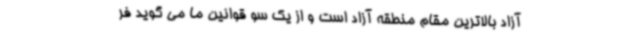
آزاد بالاترین مقام منطقه آزاد است و از یک سو قوانین ما می گوید فر